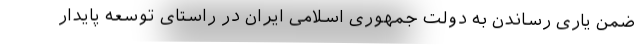
ضمن یاری رساندن به دولت جمهوری اسلامی ایران در راستای توسعه پایدار